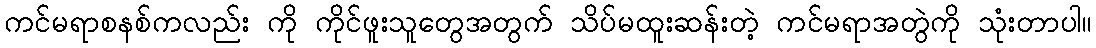
ကင်မရာစနစ်ကလည်း ကို ကိုင်ဖူးသူတွေအတွက် သိပ်မထူးဆန်းတဲ့ ကင်မရာအတွဲကို သုံးတာပါ။